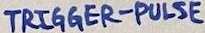
Text: TRIGGER-PULSE